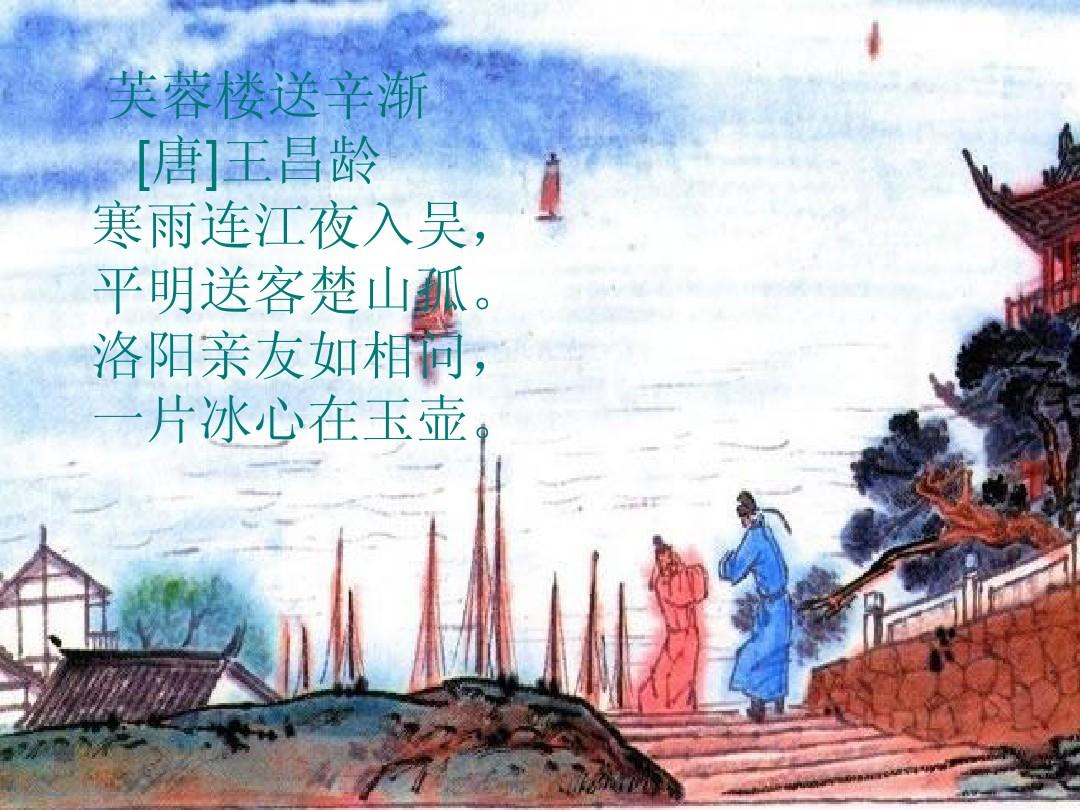
寒雨连江夜入吴，平明送客楚山孤。